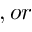
, o r